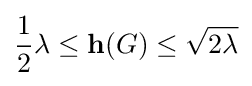
{\frac {1}{2}}{\lambda }\leq {\mathbf {h} }(G)\leq {\sqrt {2\lambda }}